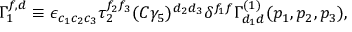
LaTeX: \Gamma _ { 1 } ^ { f , d } \equiv \epsilon _ { c _ { 1 } c _ { 2 } c _ { 3 } } \tau _ { 2 } ^ { f _ { 2 } f _ { 3 } } ( C \gamma _ { 5 } ) ^ { d _ { 2 } d _ { 3 } } \delta ^ { f _ { 1 } f } { \Gamma } _ { d _ { 1 } d } ^ { ( 1 ) } ( p _ { 1 } , p _ { 2 } , p _ { 3 } ) ,